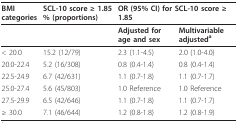
<table><thead><tr><td><b>BMIcategories</b></td><td><b>SCL-10 score ≥ 1.85% (proportions)</b></td><td colspan="2"><b>OR (95% CI) for SCL-10 score ≥ 1.85</b></td></tr></thead><tbody><tr><td></td><td></td><td><b>Adjusted for</b><b>age and sex</b></td><td><b>Multivariable</b><b>adjusted<sup>a</sup></b></td></tr><tr><td>&lt; 20.0</td><td>15.2 (12/79)</td><td>2.3 (1.1-4.5)</td><td>2.0 (1.0-4.0)</td></tr><tr><td>20.0-22.4</td><td>5.2 (16/308)</td><td>0.8 (0.4-1.4)</td><td>0.8 (0.4-1.4)</td></tr><tr><td>22.5-24.9</td><td>6.7 (42/631)</td><td>1.1 (0.7-1.8)</td><td>1.1 (0.7-1.7)</td></tr><tr><td>25.0-27.4</td><td>5.6 (45/803)</td><td>1.0 Reference</td><td>1.0 Reference</td></tr><tr><td>27.5-29.9</td><td>6.5 (42/646)</td><td>1.1 (0.7-1.8)</td><td>1.1 (0.7-1.7)</td></tr><tr><td>≥ 30.0</td><td>7.1 (46/644)</td><td>1.2 (0.8-1.8)</td><td>1.2 (0.8-1.9)</td></tr></tbody></table>